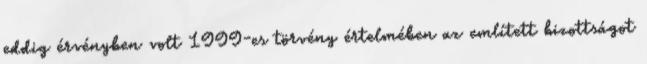
eddig érvényben volt 1999-es törvény értelmében az említett bizottságot